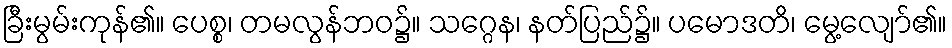
ခြီးမွမ်းကုန်၏။ ပေစ္စ၊ တမလွန်ဘဝ၌။ သဂ္ဂေန၊ နတ်ပြည်၌။ ပမောဒတိ၊ မွေ့လျော်၏။